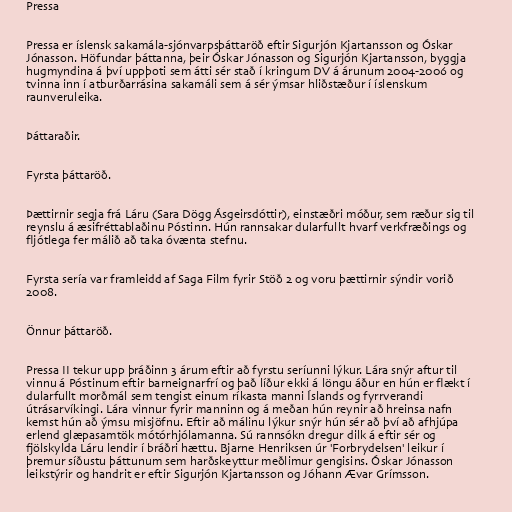
Pressa

Pressa er íslensk sakamála-sjónvarpsþáttaröð eftir Sigurjón Kjartansson og Óskar
Jónasson. Höfundar þáttanna, þeir Óskar Jónasson og Sigurjón Kjartansson, byggja
hugmyndina á því uppþoti sem átti sér stað í kringum DV á árunum 2004-2006 og
tvinna inn í atburðarrásina sakamáli sem á sér ýmsar hliðstæður í íslenskum
raunveruleika.

Þáttaraðir.

Fyrsta þáttaröð.

Þættirnir segja frá Láru (Sara Dögg Ásgeirsdóttir), einstæðri móður, sem ræður sig til
reynslu á æsifréttablaðinu Póstinn. Hún rannsakar dularfullt hvarf verkfræðings og
fljótlega fer málið að taka óvænta stefnu.

Fyrsta sería var framleidd af Saga Film fyrir Stöð 2 og voru þættirnir sýndir vorið
2008.

Önnur þáttaröð.

Pressa II tekur upp þráðinn 3 árum eftir að fyrstu seríunni lýkur. Lára snýr aftur til
vinnu á Póstinum eftir barneignarfrí og það líður ekki á löngu áður en hún er flækt í
dularfullt morðmál sem tengist einum ríkasta manni Íslands og fyrrverandi
útrásarvíkingi. Lára vinnur fyrir manninn og á meðan hún reynir að hreinsa nafn
kemst hún að ýmsu misjöfnu. Eftir að málinu lýkur snýr hún sér að því að afhjúpa
erlend glæpasamtök mótórhjólamanna. Sú rannsókn dregur dilk á eftir sér og
fjölskylda Láru lendir í bráðri hættu. Bjarne Henriksen úr 'Forbrydelsen' leikur í
þremur síðustu þáttunum sem harðskeyttur meðlimur gengisins. Óskar Jónasson
leikstýrir og handrit er eftir Sigurjón Kjartansson og Jóhann Ævar Grímsson.